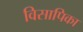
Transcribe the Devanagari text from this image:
विसापिका